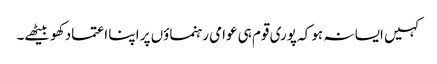
کہیں ایسا نہ ہو کہ پوری قوم ہی عوامی رہنماؤں پر اپنا اعتماد کھو بیٹھے۔